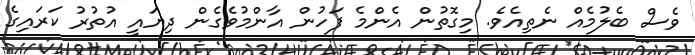
ވެސް ބެލުމެއް ނެތިއެވެ. މިގޮތުން އެންމެ ފަހުން އާންމުވެގެން ދިޔައީ އުތުރު ކަރައިގެ